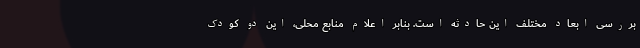
بررسی ابعاد مختلف این حادثه است. بنابر اعلام منابع محلی، این دو کودک